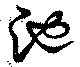
池